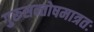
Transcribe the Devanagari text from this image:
गुरूसन्तोषमात्रतः